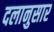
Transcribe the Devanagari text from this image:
दलानुसार